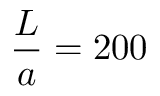
\frac { L } { a } = 2 0 0